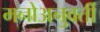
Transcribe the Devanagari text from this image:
मनोअनुवर्ती